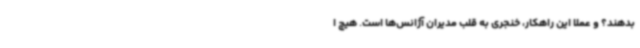
بدهند؟ و عملا این راهکار، خنجری به قلب مدیران آژانس‌ها است. هیچ ا